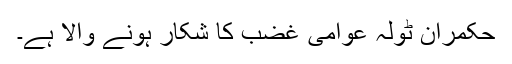
حکمران ٹولہ عوامی غضب کا شکار ہونے والا ہے۔